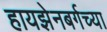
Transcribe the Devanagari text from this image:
हायझेनबर्गच्या